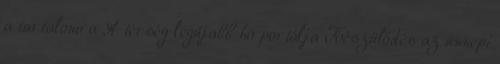
a tartalomra A térség legújabb hírportálja Készülődés az ünnepi